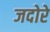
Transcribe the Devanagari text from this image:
जदोरे